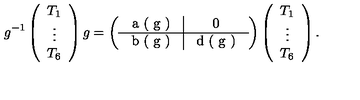
g ^ { - 1 } \left( \begin{array} { c } { T _ { 1 } } \\ { \vdots } \\ { T _ { 6 } } \\ \end{array} \right) g = \left( \begin{tabular} { c | c } { a ( g ) } & { 0 } \\ \hline { b ( g ) } & { d ( g ) } \\ \end{tabular} \right) \left( \begin{array} { c } { T _ { 1 } } \\ { \vdots } \\ { T _ { 6 } } \\ \end{array} \right) .